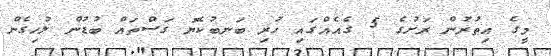
މީގެ އިތުރުން ރަށުގެ 5 ގެއެއްގައި ހުރި ބަނބުކެޔޮ ގަސްތައް ބުޑުން ލުހިގެން